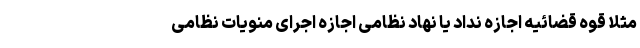
مثلا قوه قضائیه اجازه نداد یا نهاد نظامی اجازه اجرای منویات نظامی